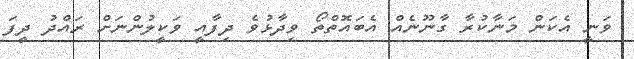
ވަނީ އެކަން މަނާކުރާ ގާނޫނެއް އެބައޮތްތޯ ވިދާޅުވެ ދިފާއީ ވަކީލުންނަށް ރައްދު ދީފަ